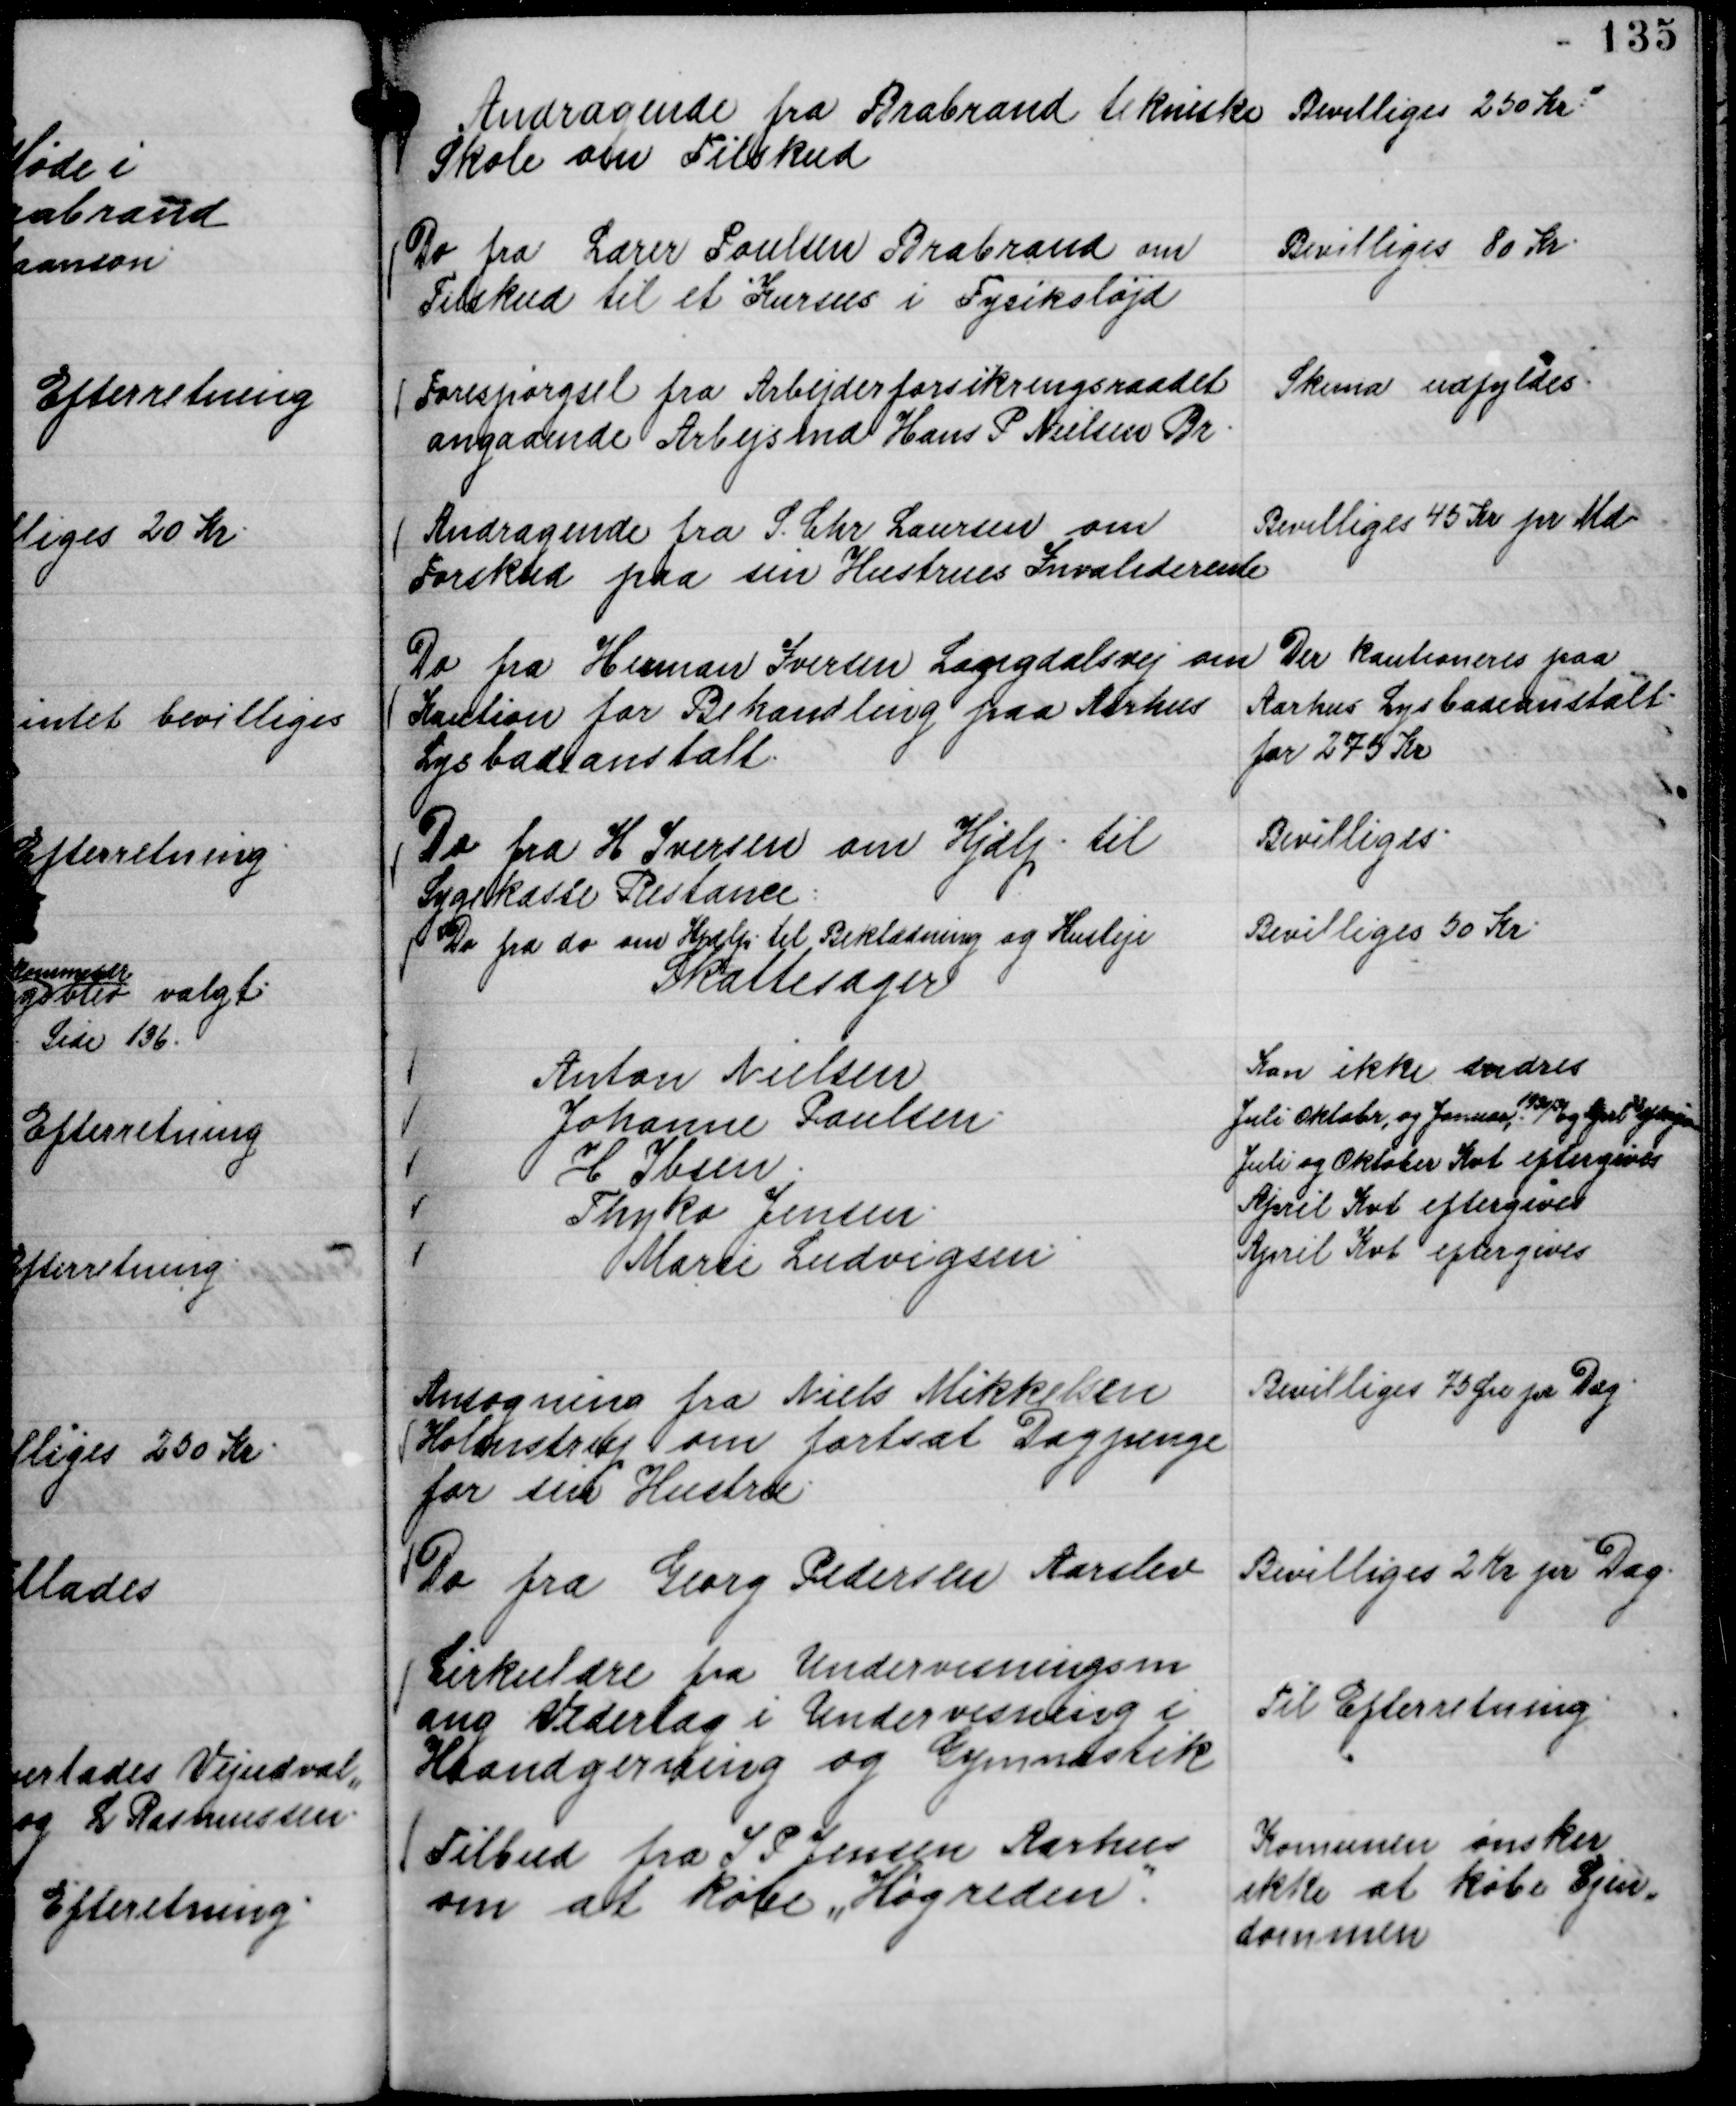
Transskription:
Andragende fra Brabrand tekniske
Skole om Tilskud

Bevilliges 250 Kr.

Do fra Lærer Poulsen Brabrand om
Tilskud til et Kursus i Fysiksløjd

Bevilliges 80 Kr.

Forespørgsel fra Arbejderforsikringsraadet
angaaende Arbejsmd Hans P Nielsen Br.

Skema udfyldtes.

Andragende fra S. Chr Laursen om
Forskud paa sin Hustrues Invaliderente

Bevilliges 45 Kr pr Md

Do fra Herman Iversen Langdalsvej om
Kaution for Behandling paa Aarhus
Lysbadeanstalt.

Der kautioneres paa
Aarhus Lysbadeanstalt
for 275 Kr

Do fra H Iversen om Hjælp til
Sygekasse Restance:

Bevilliges.

Do fra do om Hjælp til Beklædning og Husleje

Bevilliges 50 Kr.

Skattesager
Anton Nielsen
Kan ikke ændres
Johanne Paulsen.
Juli Oktober, og Januar 1930/31 og April 32 eftergives
H Ibsen.
Juli og Oktober Kvt eftergives
Thyko Jensen.
April Kvt eftergives
Marie Ludvigsen.
April Kvt eftergives

Ansøgning fra Niels Mikkelsen
Holmstrup om fortsat Dagpenge
for sin Hustru.

Bevilliges 75 Øre pr Dag.

Do fra Georg Pedersen Aarslev

Bevilliges 2 Kr pr Dag.

Cirkulære fra Undervisningsm
ang Vederlag i Undervisning i
Haandgerning og Gymnastik

Til Efterretning.

Tilbud fra I P Jensen Aarhus
om at købe "Høgreden".

Komunen ønsker
ikke at købe Ejen,,
dommen